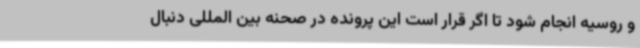
و روسیه انجام شود تا اگر قرار است این پرونده در صحنه بین المللی دنبال